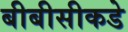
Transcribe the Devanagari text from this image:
बीबीसीकडे